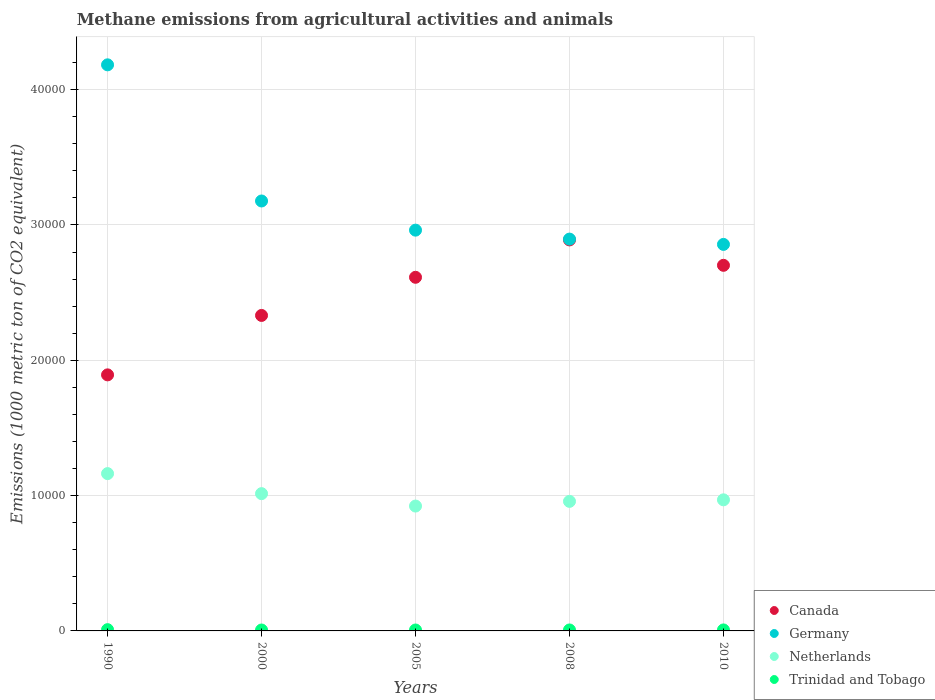
| Years | Canada | Germany | Netherlands | Trinidad and Tobago |
 | --- | --- | --- | --- | --- |
 | 1990 | 1.89e+04 | 4.18e+04 | 1.16e+04 | 92.7 |
 | 2000 | 2.33e+04 | 3.18e+04 | 1.01e+04 | 68 |
 | 2005 | 2.61e+04 | 2.96e+04 | 9.23e+03 | 68.1 |
 | 2008 | 2.89e+04 | 2.9e+04 | 9.57e+03 | 71 |
 | 2010 | 2.7e+04 | 2.86e+04 | 9.69e+03 | 73.4 |